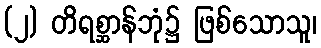
(၂) တိရစ္ဆာန်ဘုံ၌ ဖြစ်သောသူ၊